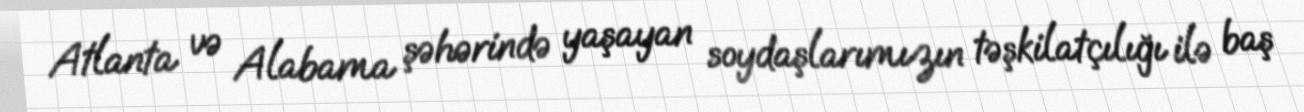
Atlanta və Alabama şəhərində yaşayan soydaşlarımızın təşkilatçılığı ilə baş